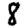
Digit: 8